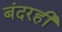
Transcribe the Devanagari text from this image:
बंदरही